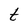
Character: t